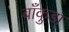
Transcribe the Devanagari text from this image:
बाँकुडा